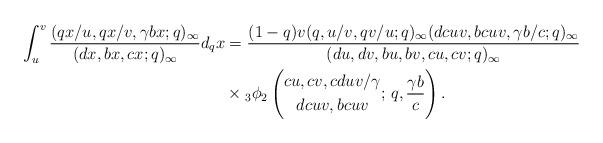
LaTeX: \begin{align*}\int_u^v \frac{(qx/u,qx/v,\gamma bx;q)_{\infty} }{(dx,bx,cx;q)_{\infty} }d_qx&=\frac{(1-q)v(q,u/v,qv/u;q)_{\infty} (dcuv,bcuv,\gamma b/c;q)_{\infty} }{(du,dv,bu,bv,cu,cv;q)_{\infty}} \\& \times {}_3\phi_2\left( \begin{gathered}cu,cv,cduv/\gamma \\ dcuv, bcuv \end{gathered} ;\,q, \frac{\gamma b}{c} \right).\end{align*}